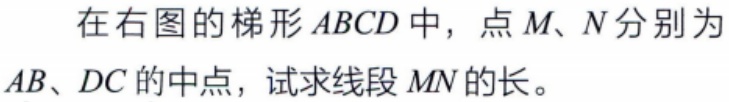
在右图的梯形\(ABCD\)中，点\(M、N\)分别为\(AB、DC\)的中点，试求线段\(MN\)的长。